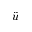
\ddot { u }